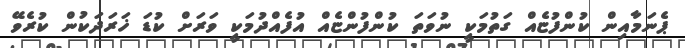
ޕެނަމާއިން ކުންފުޏެއް ގަތުމަކީ ނުވަތަ ކުންފުންޏެއް އުފެއްދުމަކީ ވަރަށް ކުޑަ ޚަރަދަކުން ކުރެވޭ